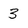
Character: 3